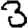
Digit: 3